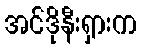
အင်ဒိုနီးရှားက